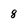
Character: 8